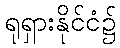
ရုရှားနိုင်ငံ၌